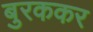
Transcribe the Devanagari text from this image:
बुरककर